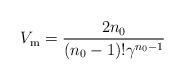
LaTeX: \begin{align*}V_{\rm m} = {2n_0 \over (n_0 - 1)! \gamma\sp {n_0-1}}\end{align*}